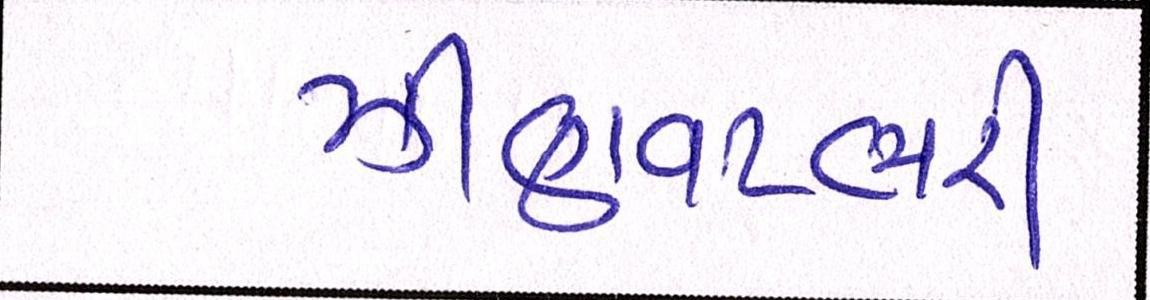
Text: ઝીણવટભરી